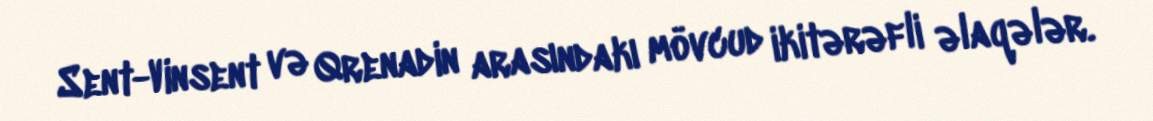
Sent-Vinsent və Qrenadin arasındakı mövcud ikitərəfli əlaqələr.